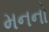
મનનો